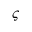
\varsigma